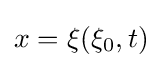
x=\xi (\xi _{0},t)